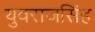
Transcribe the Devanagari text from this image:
युवराजसिंह